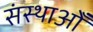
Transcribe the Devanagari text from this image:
संस्थाओँ